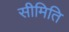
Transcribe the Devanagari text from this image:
सीमिति